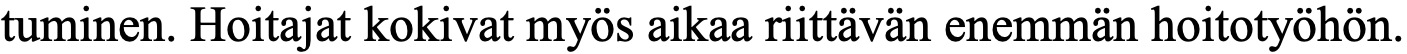
tuminen. Hoitajat kokivat myös aikaa riittävän enemmän hoitotyöhön.